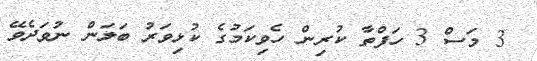
3 މަސް 3 ހަފްތާ ކުރިން ހެވިކަމުގެ ކުޅިވަރު ބަލަން ނުވަދެވޭ